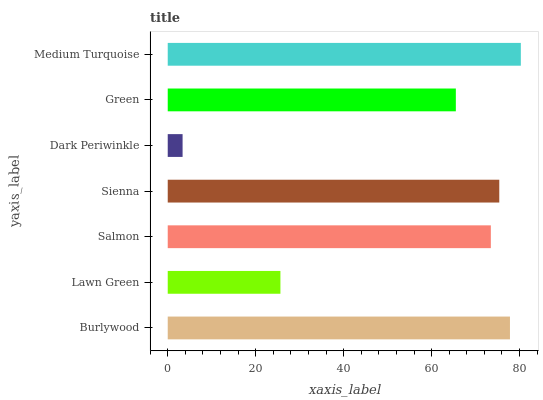
| yaxis_label | bars |
 | --- | --- |
 | Burlywood | 77.8 |
 | Lawn Green | 25.6 |
 | Salmon | 73.5 |
 | Sienna | 75.4 |
 | Dark Periwinkle | 3.38 |
 | Green | 65.5 |
 | Medium Turquoise | 80.3 |